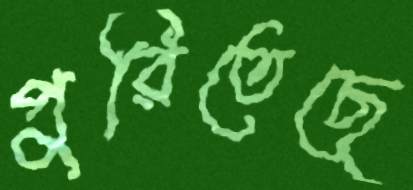
পুরিতেছে